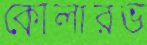
কোলারভ